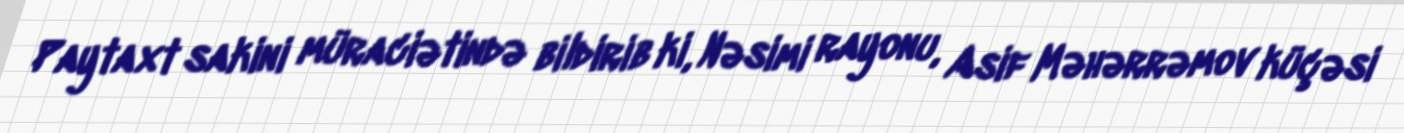
Paytaxt sakini müraciətində bildirib ki, Nəsimi rayonu, Asif Məhərrəmov küçəsi